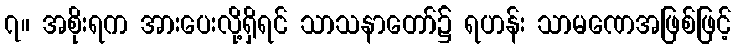
၇။ အစိုးရက အားပေးလို့ရှိရင် သာသနာတော်၌ ရဟန်း သာမဏေအဖြစ်ဖြင့်